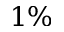
1 \%